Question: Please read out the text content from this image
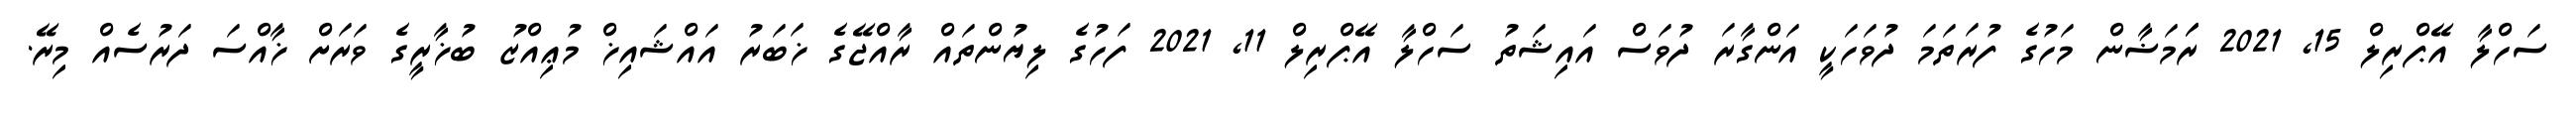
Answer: ސަހްލާ އޭޕްރިލް 15, 2021 ރަަމަޟާން މަހުގެ ފުރަތަމަ ދުވަހަކީ އަންގާރަ ދުވަސް އައިޝަތު ސަހްލާ އޭޕްރިލް 11, 2021 ފަހުގެ ލިޔުންތައް ރާއްޖޭގެ ޚަބަރު އައްޝައިޚް މުޢިއްޒު ބުޚާރީގެ ވަރަށް ޚާއްސަ ދަރުސެއް މިރޭ.